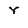
Character: Y